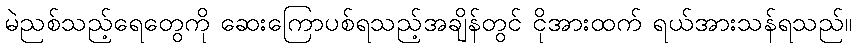
မဲညစ်သည့်ရေတွေကို ဆေးကြောပစ်ရသည့်အချိန်တွင် ငိုအားထက် ရယ်အားသန်ရသည်။